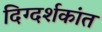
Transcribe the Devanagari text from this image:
दिग्दर्शकांत